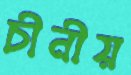
চীনীয়